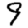
Digit: 9